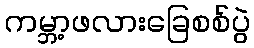
ကမ္ဘာ့ဖလားခြေစစ်ပွဲ